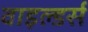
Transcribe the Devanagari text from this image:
वाइल्डर्स